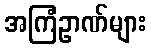
အကြံဥာဏ်များ